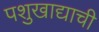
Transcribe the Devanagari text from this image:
पशुखाद्याची